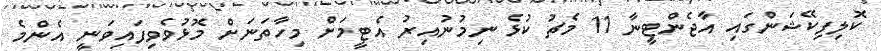
ކޮލިފިކޭޝަންގައި އާޖެންޓީނާ 11 މެޗު ކުޅެ ނިމުނުއިރު އެޓީމަށް މިހާތަނަށް މޮޅުވެވިފައިވަނީ އެންމެ